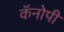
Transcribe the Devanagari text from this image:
कॅनोपी